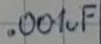
Text: .001uF